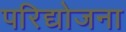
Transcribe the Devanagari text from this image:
परिद्योजना